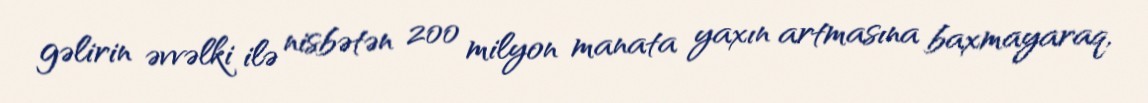
gəlirin əvvəlki ilə nisbətən 200 milyon manata yaxın artmasına baxmayaraq,